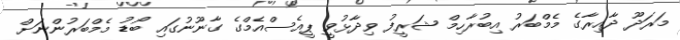
މަރަދޫ ދާއިރާގެ މެމްބަރު އިބުރާހިމް ޝަރީފު ވިދާޅުވީ ޕީއެސްއެމްގެ ގާނޫނުގައި ބޯޑު މެމްބަރުންނަށް